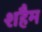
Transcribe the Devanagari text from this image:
शहैम